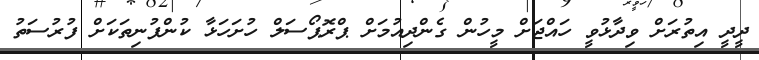
ދީދީ އިތުރަށް ވިދާޅުވީ ހައްޖަށް މީހުން ގެންދިއުމަށް ޕްރޮޕޯސަލް ހުށަހަޅާ ކުންފުނިތަކަށް ފުރުސަތު